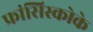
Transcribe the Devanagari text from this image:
फ्रांसिस्कोके